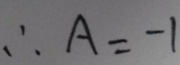
\therefore A = - 1